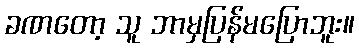
ခဏတော့ သူ ဘာမှပြန်မပြောဘူး။